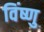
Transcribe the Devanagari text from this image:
विंष्णु